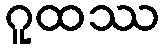
ဂူထဿ